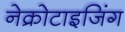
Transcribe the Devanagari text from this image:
नेक्रोटाइजिंग